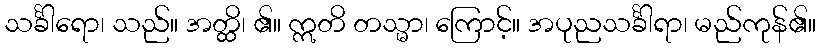
သင်္ခါရော၊ သည်။ အတ္ထိ၊ ၏။ ဣတိ တသ္မာ၊ ကြောင့်။ အပုညသင်္ခါရာ၊ မည်ကုန်၏။